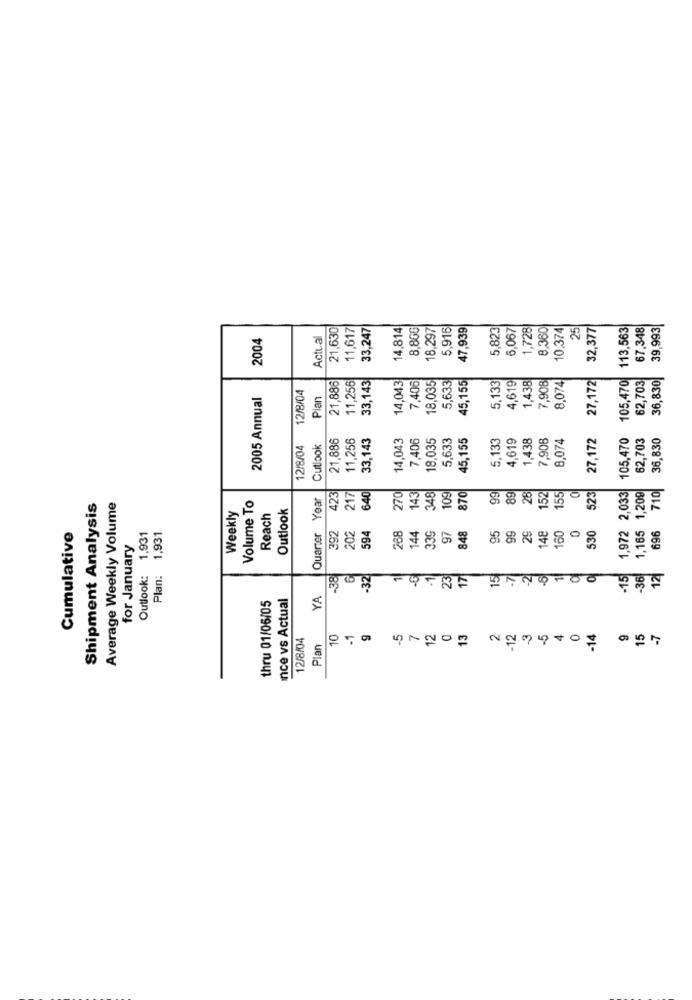
21,630
11,617
33,247
14,814
8,80G
18,297
5,916
47,939
5,823
6,067
1,728
8,360
10,374
25
32,377
113,563
67,348
39,993
2004
Actual
21,886
14,043
45,155
1,438
8,074
27,172
105,470
36,830|
12/8/04
11,256
33,143
7,405
18,035
5,633
5,133
4,619
7,908
62,703
2005 Annual
Plan
21,886
11,256
33,143
14,043
7,406
18,035
5,633
45,155
5,133
4,619
1,438
7,908
8,074
27,172
105,470
62,703
36,830
12/8/04
Cutlook
99
89
28
1,972 2,033
Volume To
Quarter Year
423
217
640
270
143
348
109
870
152
155
523
1,165 1,209
710
Shipment Analysis
Average Weekly Volume
Outlook
Weekly
Reach
97
848
95
99
0
Cumulative
Outlook: 1,931
1,931
392
202
594
268
144
33G
29
148
160
530
696
for January
Plan:
-38
-32
1
-1
23
17
15
-7
-21
6
-15
36
12
nce vs Actual
YA
thru 01/06/05
12/8/04
10
5
12
13
12
5
14
9
15
Plan
0